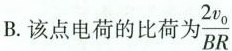
B该点电荷的比荷为 \frac{2v_{0}}{BR}